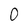
Character: o